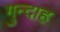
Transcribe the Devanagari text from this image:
गुन्दाह